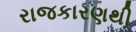
રાજકારણથી